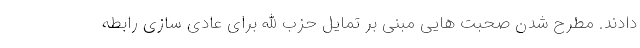
دادند. مطرح شدن صحبت هایی مبنی بر تمایل حزب الله برای عادی سازی رابطه